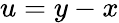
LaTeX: u=y-x